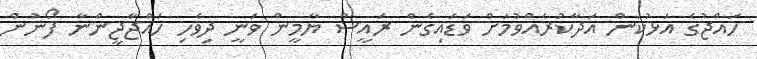
ހައްޖުގެ އަޅުކަން އަދާކުރެއްވުމަށް ވަޑައިގެން ރައީސް ޔާމީން ވަނީ ދިވެހި ހައްޖާޖީންނާ ފޯނުން